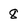
Character: 8